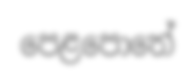
පෙළපොතේ